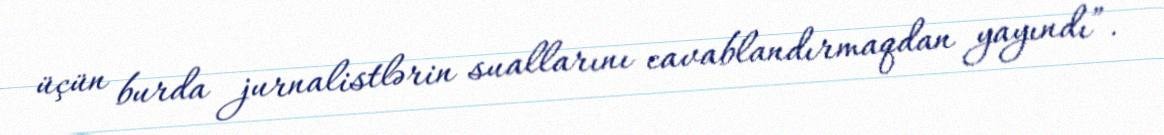
üçün burda jurnalistlərin suallarını cavablandırmaqdan yayındı”.